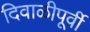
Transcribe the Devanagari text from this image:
दिवाळीपूर्वी